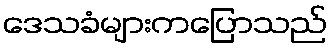
ဒေသခံများကပြောသည်